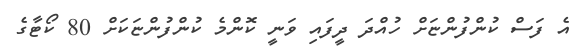
އެ ފަސް ކުންފުންޏަށް ހުއްދަ ދީފައި ވަނީ ކޮންމެ ކުންފުންޏަކަށް 80 ކޯޓާގެ